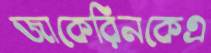
জাকেরিনকেএ